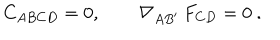
LaTeX: C _ { A B C D } = 0 , \qquad \nabla _ { A B ^ { \prime } } \, F _ { C D } = 0 \ .